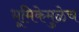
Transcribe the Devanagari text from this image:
भूमिकेमुळेच